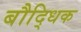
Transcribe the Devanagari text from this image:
बौदि्धक